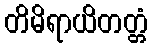
တိမိရာယိတတ္တံ